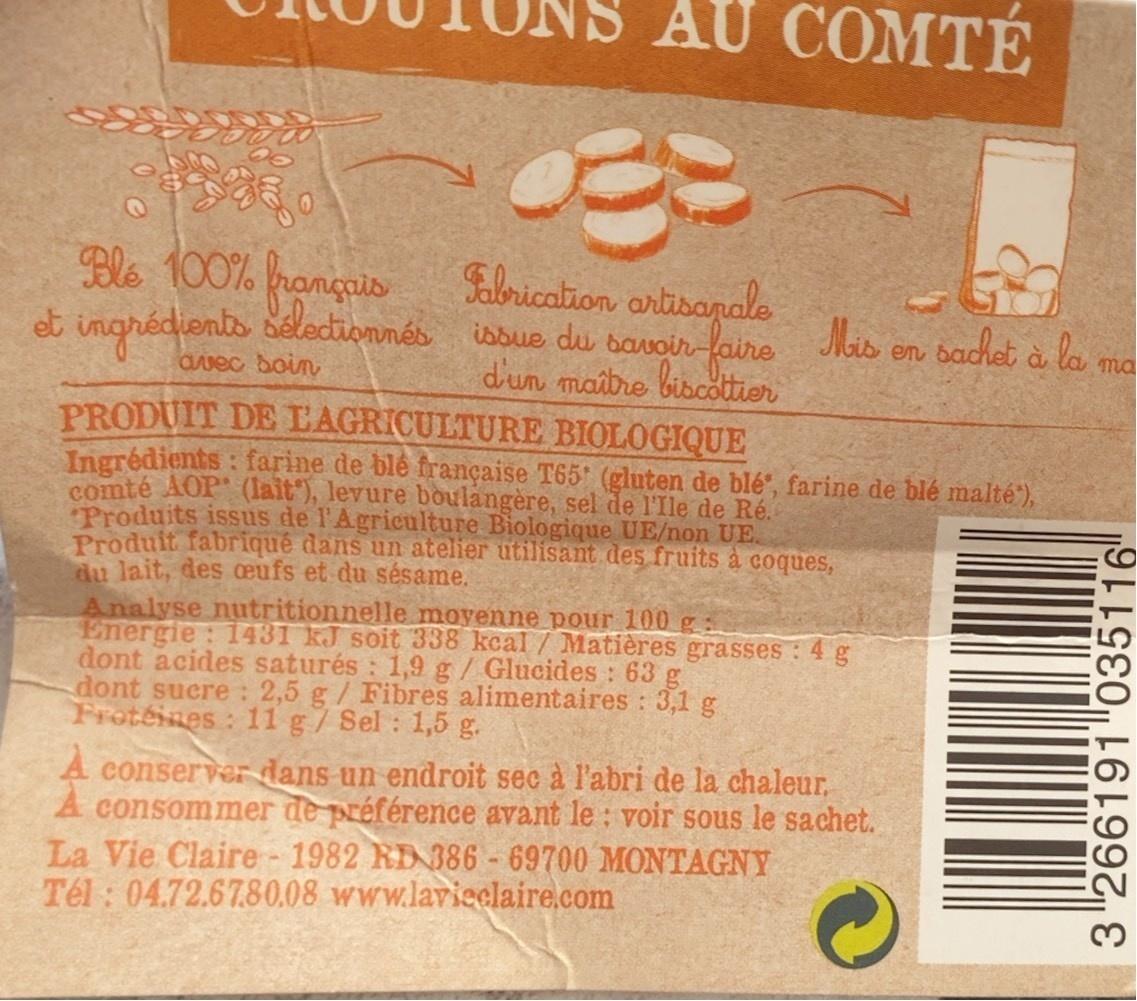
AU COMTÉ
СOMTE
Ble 100% franguis et ingrédients deledionnés isbue du bavoir-
Fabrication ortisanale Mis d'un maibre biscotier
bachet à la ma
avec boin
PRODUIT DE L'AGRICULTURE BIOLOGIQUE Ingrédients: farine de ble française T65' (gluten de blé", farine de blé malté'), comté AOP (lait'), levure boulangère, sel de l'Ile de Ré. Produits issus de l'Agriculture Biologique UE/non UE. Produit fabriqué dans un atelier utilisant des fruits à coques, du lait, des oœufs et du sésame. Analyse nutritionnelle moyenne pour 100 g: Energie: 1431 kJ soit 338 kcal/ Matières grasses :4 dont acides saturés : 1,9 g/Glucides : 63 g dont suere : 2,5 g/ Fibres alimentaires : 3,1 g Froteines: 11 g/ Sel : 1,5 g.
A conserver dans un endroit sec à l'abri de la chaleur, A consommer de préférence avant le : voir sous le sachet. La Vie Claire -1982 RD 386 -69700 MONTAGNY Tél : 04.72.67.80.08 www.lavieclaire.com
3 266191 035116